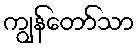
ကျွန်တော်သာ